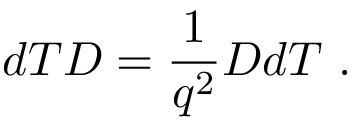
d T D = \frac { 1 } { q ^ { 2 } } D d T ~ .